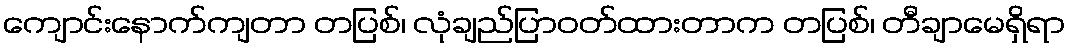
ကျောင်းနောက်ကျတာ တပြစ်၊ လုံချည်ပြာဝတ်ထားတာက တပြစ်၊ တီချာမေရှိရာ